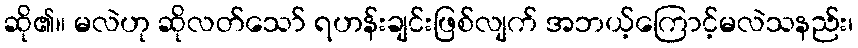
ဆို၏။ မလဲဟု ဆိုလတ်သော် ရဟန်းချင်းဖြစ်လျက် အဘယ့်ကြောင့်မလဲသနည်း၊